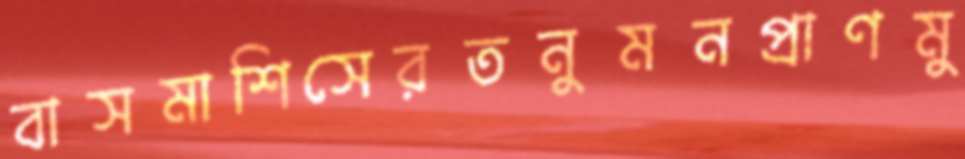
বাসমাশিসেরতনুমনপ্রাণমু